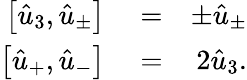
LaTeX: \begin{array}{rlr}{\left[\hat{u}_{3},\hat{u}_{\pm}\right]}&{{}=}&{\pm\hat{u}_{\pm}}\\ {\left[\hat{u}_{+},\hat{u}_{-}\right]}&{{}=}&{2\hat{u}_{3}.}\end{array}